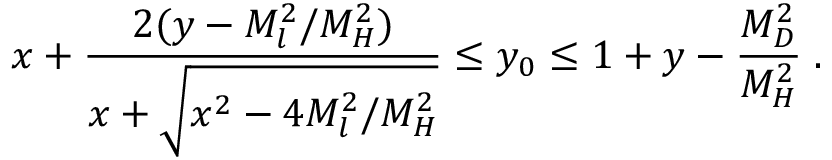
x + \frac { 2 ( y - M _ { l } ^ { 2 } / M _ { H } ^ { 2 } ) } { x + \sqrt { x ^ { 2 } - 4 M _ { l } ^ { 2 } / M _ { H } ^ { 2 } } } \le y _ { 0 } \le 1 + y - \frac { M _ { D } ^ { 2 } } { M _ { H } ^ { 2 } } \; .